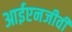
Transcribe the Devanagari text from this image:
आईएनजीवी